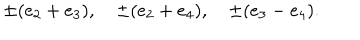
LaTeX: \pm ( e _ { 2 } + e _ { 3 } ) , \quad \pm ( e _ { 2 } + e _ { 4 } ) , \quad \pm ( e _ { 3 } - e _ { 4 } ) .